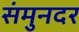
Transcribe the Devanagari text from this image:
संमुनदर